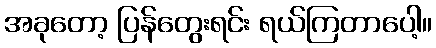
အခုတော့ ပြန်တွေးရင်း ရယ်ကြတာပေါ့။